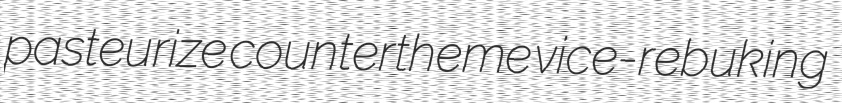
pasteurize countertheme vice-rebuking